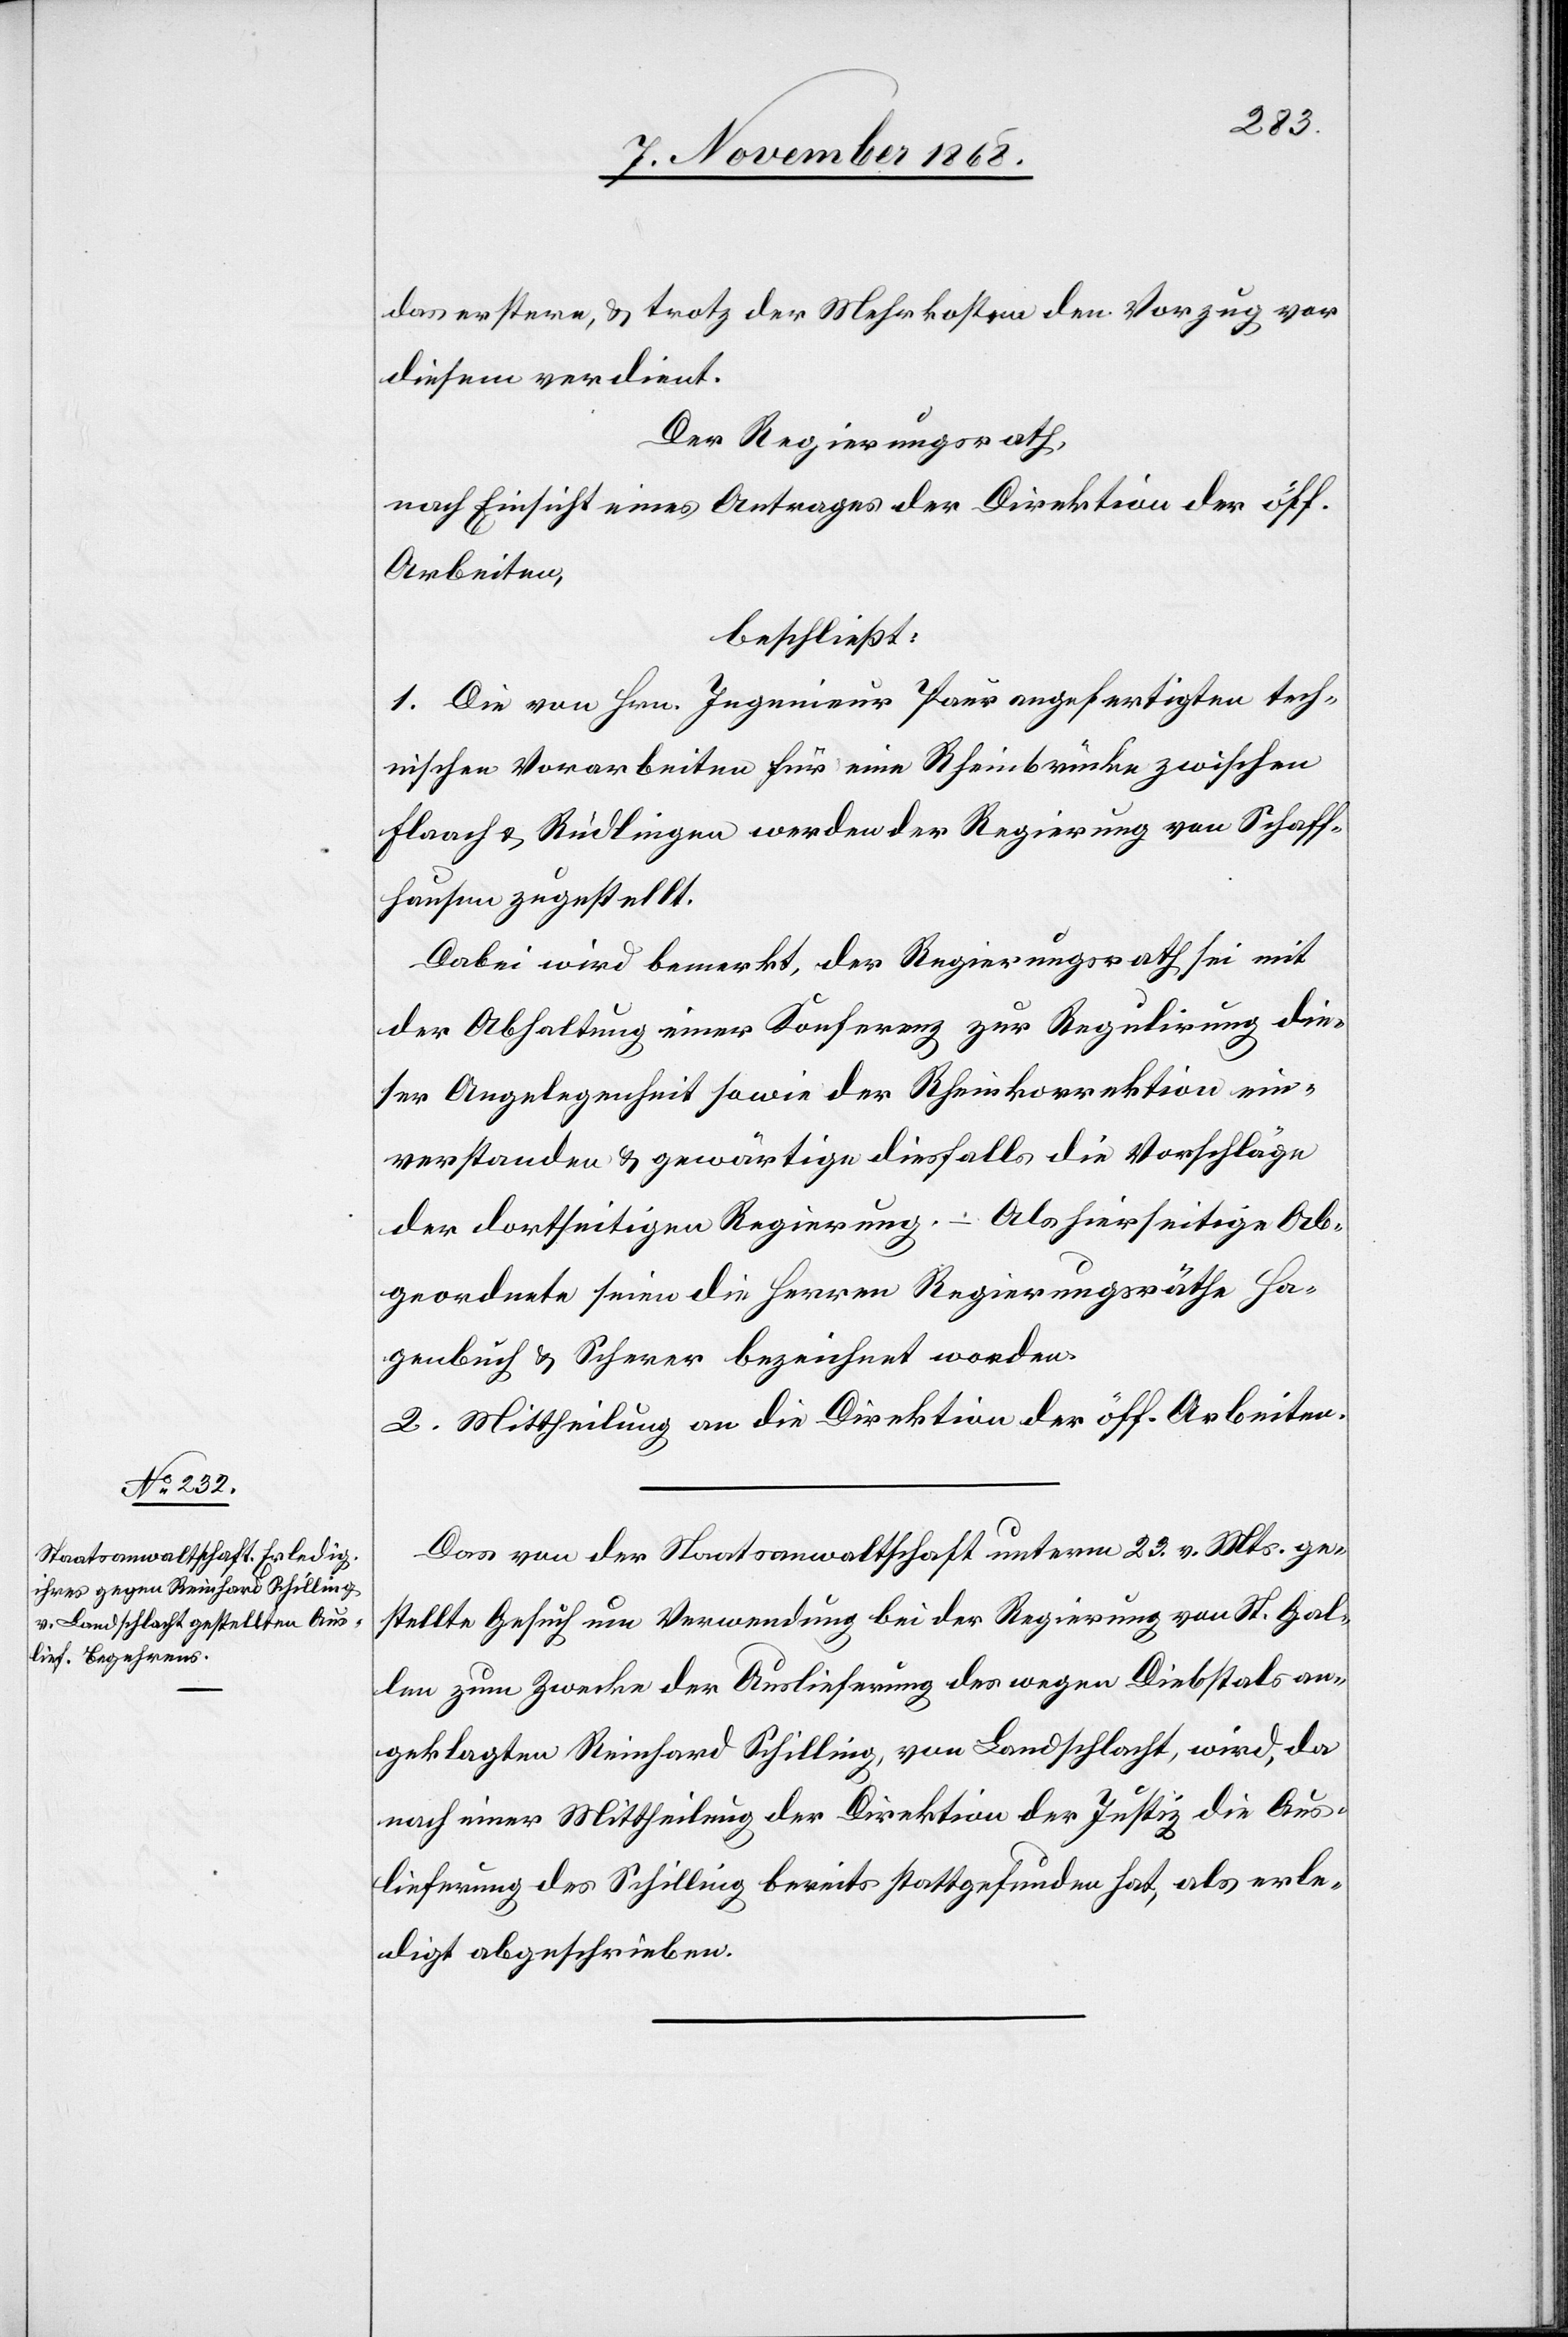
das erstere, & trotz der Mehrkosten den Vorzug vor
diesem verdient.
Der Regierungsrath,
nach Einsicht eines Antrages der Direktion der öff.
Arbeiten,
beschließt:
1. Die von Hrn. Ingenieur Paur angefertigten tech¬
nischen Vorarbeiten für eine Rheinbrücke zwischen
Flaach & Rüdlingen werden der Regierung von Schaff¬
hausen zugestellt.
Dabei wird bemerkt, der Regierungsrath sei mit
der Abhaltung einer Konferenz zur Regulirung die¬
ser Angelegenheit sowie der Rheinkorrektion ein¬
verstanden & gewärtige diesfalls die Vorschläge
der dortseitigen Regierung. – Als hierseitige Ab¬
geordnete seien die Herren Regierungsräthe Ha¬
genbuch & Scherer bezeichnet worden.
2. Mittheilung an die Direktion der öff. Arbeiten.
Das von der Staatsanwaltschaft unterm 23. v. Mts. ge¬
stellte Gesuch um Verwendung bei der Regierung von St. Gal¬
len zum Zwecke der Auslieferung des wegen Diebstals an¬
geklagten Reinhard Schilling, von Landschlacht, wird, da
nach einer Mittheilung der Direktion der Justiz die Aus¬
lieferung des Schilling bereits stattgefunden hat, als erle¬
digt abgeschrieben.